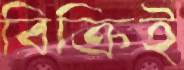
বিক্রিই